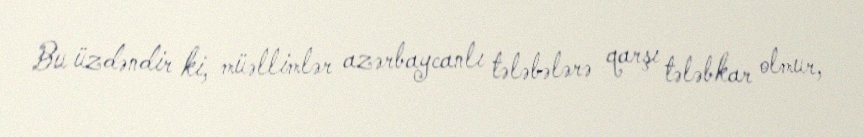
Bu üzdəndir ki, müəllimlər azərbaycanlı tələbələrə qarşı tələbkar olmur,